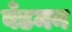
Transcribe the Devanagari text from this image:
बँडमन